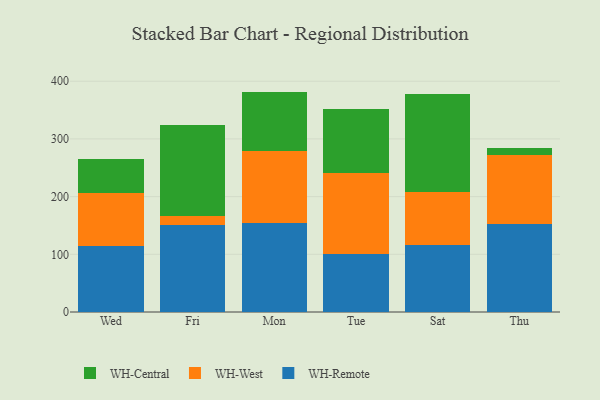
{"axis": {"x": "Day", "y": "Website Visitors"}, "legend": ["WH-Central", "WH-Remote", "WH-West"], "data": [{"x": "Wed", "y": 113.7, "type": "WH-Remote"}, {"x": "Wed", "y": 92.0, "type": "WH-West"}, {"x": "Wed", "y": 60.2, "type": "WH-Central"}, {"x": "Fri", "y": 150.3, "type": "WH-Remote"}, {"x": "Fri", "y": 15.3, "type": "WH-West"}, {"x": "Fri", "y": 158.7, "type": "WH-Central"}, {"x": "Mon", "y": 154.3, "type": "WH-Remote"}, {"x": "Mon", "y": 125.1, "type": "WH-West"}, {"x": "Mon", "y": 102.6, "type": "WH-Central"}, {"x": "Tue", "y": 99.9, "type": "WH-Remote"}, {"x": "Tue", "y": 141.2, "type": "WH-West"}, {"x": "Tue", "y": 110.6, "type": "WH-Central"}, {"x": "Sat", "y": 116.8, "type": "WH-Remote"}, {"x": "Sat", "y": 90.4, "type": "WH-West"}, {"x": "Sat", "y": 170.1, "type": "WH-Central"}, {"x": "Thu", "y": 152.0, "type": "WH-Remote"}, {"x": "Thu", "y": 119.8, "type": "WH-West"}, {"x": "Thu", "y": 12.4, "type": "WH-Central"}]}